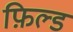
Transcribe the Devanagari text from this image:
फ़िल्ड